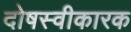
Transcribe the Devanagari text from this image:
दोषस्वीकारक